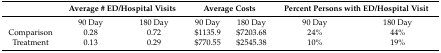
|  | <COLSPAN=2> Average # ED/Hospital Visits | <COLSPAN=2> Average Costs | <COLSPAN=2> Percent Persons with ED/Hospital Visit |
 | --- | --- | --- | --- | --- | --- | --- |
 |  | 90 Day | 180 Day | 90 Day | 180 Day | 90 Day | 180 Day |
 | Comparison | 0.28 | 0.72 | $1135.9 | $7203.68 | 24% | 44% |
 | Treatment | 0.13 | 0.29 | $770.55 | $2545.38 | 10% | 19% |